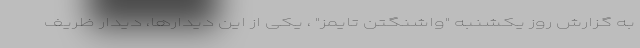
به گزارش روز یکشنبه "واشنگتن تایمز" ، یکی از این دیدارها، دیدار ظریف